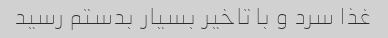
غذا سرد و با تاخیر بسیار بدستم رسید